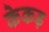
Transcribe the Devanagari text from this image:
केकड़